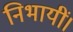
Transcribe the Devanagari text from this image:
निभायीं।